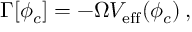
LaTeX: \Gamma [ \phi _ { c } ] = - \Omega V _ { \mathrm { e f f } } ( \phi _ { c } ) \: ,